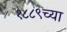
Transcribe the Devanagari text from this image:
१८८९च्या